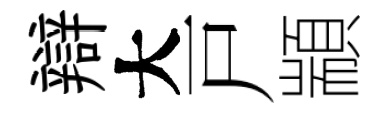
辯大戸顓